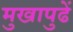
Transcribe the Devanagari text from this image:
मुखापुढें